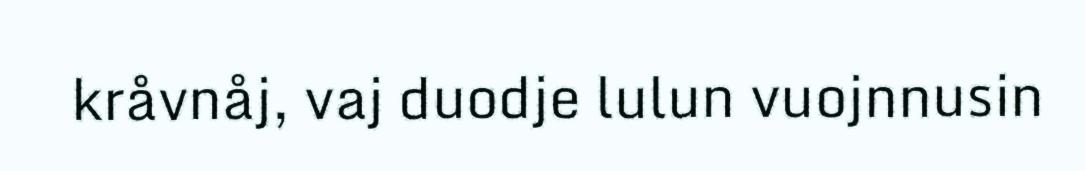
kråvnåj, vaj duodje lulun vuojnnusin